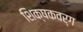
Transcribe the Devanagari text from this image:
शिक्षकवर्ग